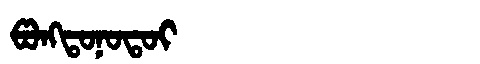
Manchu: ᡦᠣᠩᡨᠣᠨᠣᡨᠣᡳ
Romanization: PONGTONOTOI